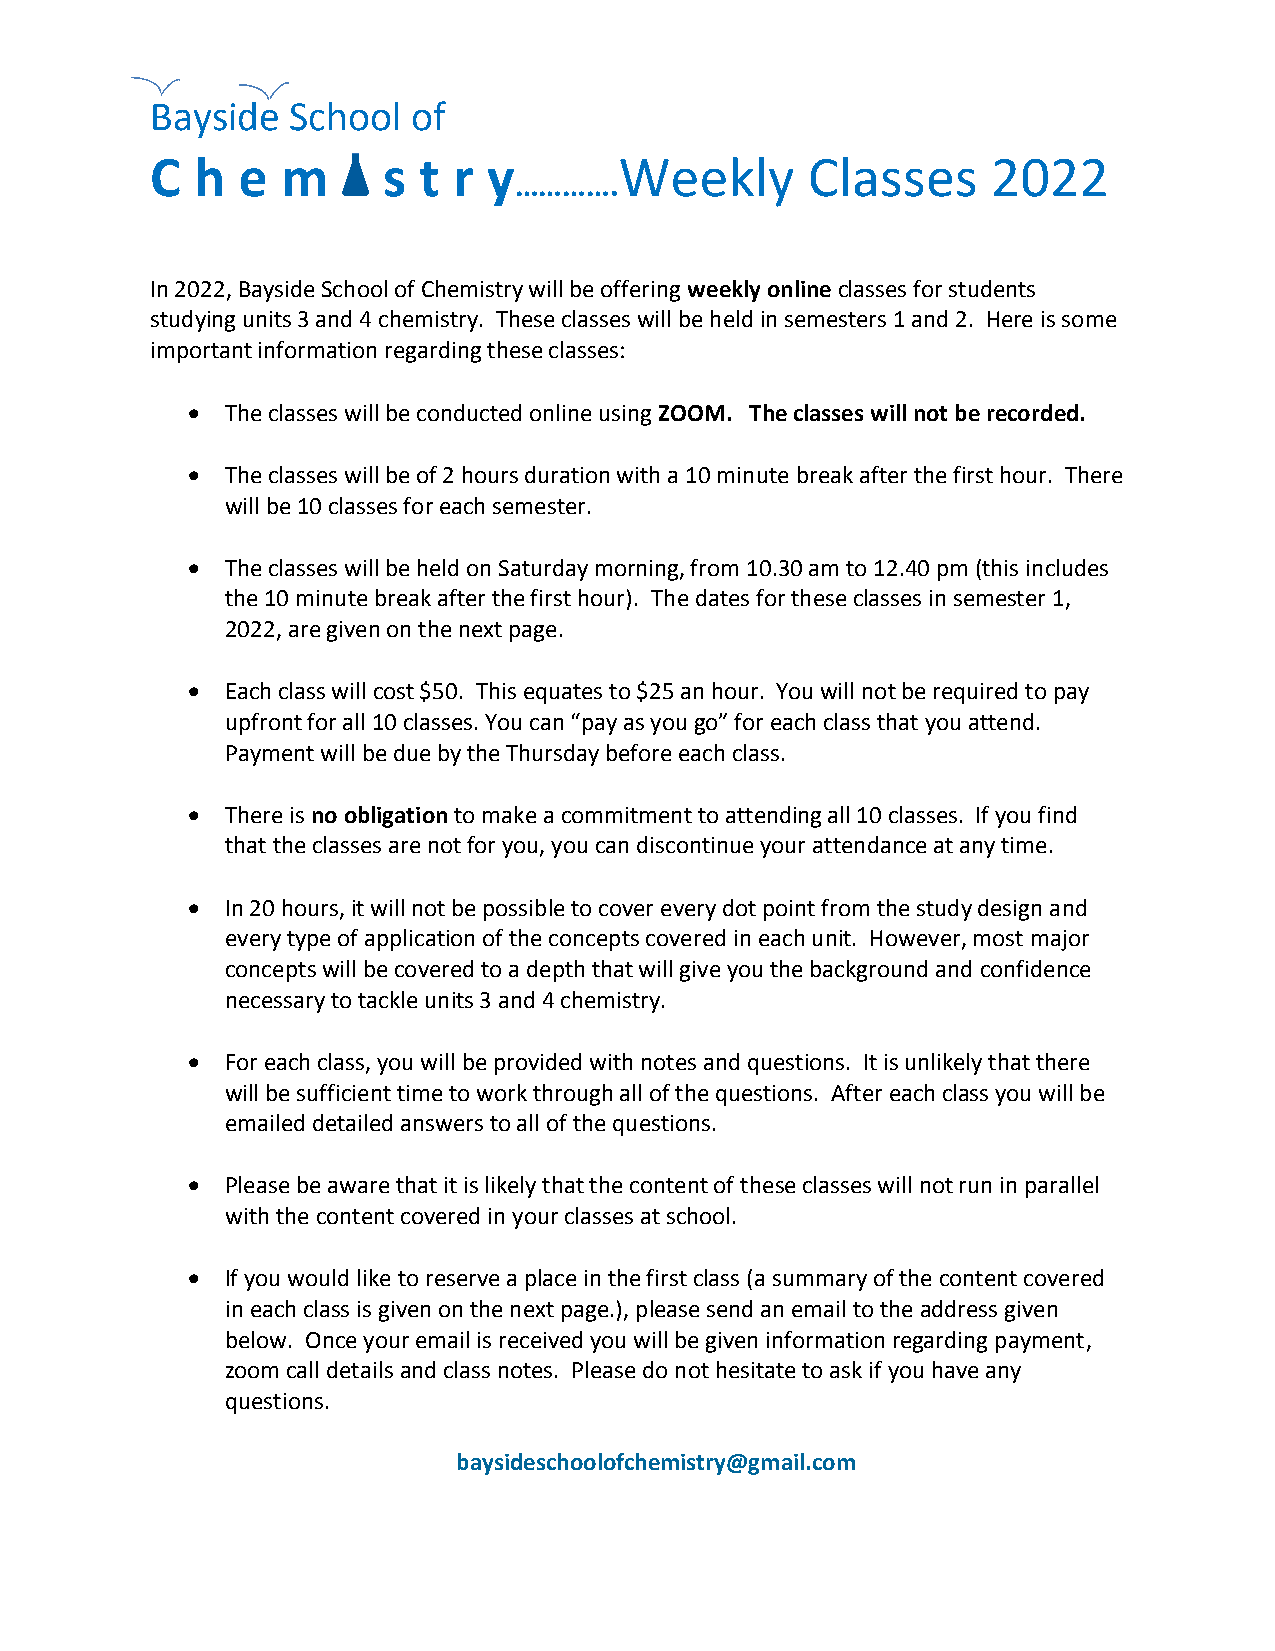
Bayside  School  of
 C  h  e  m     s  t r y        Weekly      Classes      2022
 ………….
 In 2022, Bayside School of Chemistry will be offering weekly online classes for students
 studying units 3 and 4 chemistry. These classes will be held in semesters 1 and 2. Here is some
 important information regarding these classes:
   The classes will be conducted online using ZOOM. The classes will not be recorded.
   The classes will be of 2 hours duration with a 10 minute break after the first hour. There
 will be 10 classes for each semester.
   The classes will be held on Saturday morning, from 10.30 am to 12.40 pm (this includes
 the 10 minute break after the first hour). The dates for these classes in semester 1,
 2022, are given on the next page.
   Each class will cost $50. This equates to $25 an hour. You will not be required to pay
 upfront for all 10 classes. You can “pay as you go” for each class that you attend.
 Payment will be due by the Thursday before each class.
   There is no obligation to make a commitment to attending all 10 classes. If you find
 that the classes are not for you, you can discontinue your attendance at any time.
   In 20 hours, it will not be possible to cover every dot point from the study design and
 every type of application of the concepts covered in each unit. However, most major
 concepts will be covered to a depth that will give you the background and confidence
 necessary to tackle units 3 and 4 chemistry.
   For each class, you will be provided with notes and questions. It is unlikely that there
 will be sufficient time to work through all of the questions. After each class you will be
 emailed detailed answers to all of the questions.
   Please be aware that it is likely that the content of these classes will not run in parallel
 with the content covered in your classes at school.
   If you would like to reserve a place in the first class (a summary of the content covered
 in each class is given on the next page.), please send an email to the address given
 below. Once your email is received you will be given information regarding payment,
 zoom call details and class notes. Please do not hesitate to ask if you have any
 questions.
 baysideschoolofchemistry@gmail.com